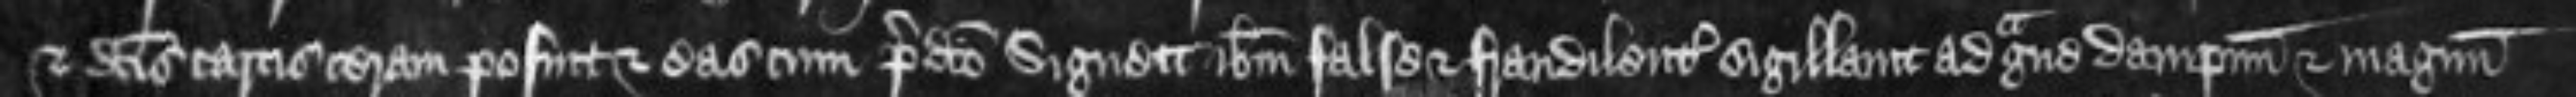
et dictis cartis ceram posuit et eas cum predicto Signett ibidem false et fraudilenter sigillavit ad grave dampnum et magnum